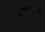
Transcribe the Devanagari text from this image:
कोड्यांप्रमाणे